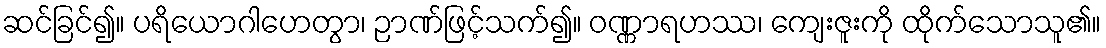
ဆင်ခြင်၍။ ပရိယောဂါဟေတွာ၊ ဉာဏ်ဖြင့်သက်၍။ ဝဏ္ဏာရဟဿ၊ ကျေးဇူးကို ထိုက်သောသူ၏။